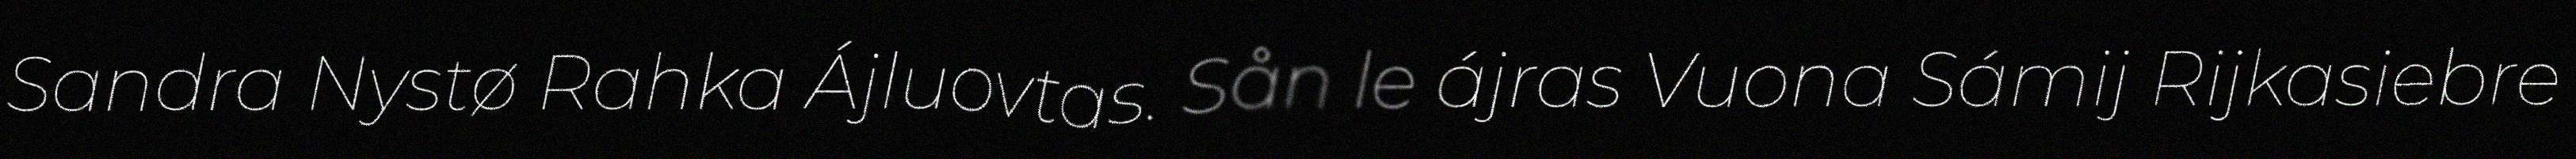
Sandra Nystø Rahka Ájluovtas. Sån le ájras Vuona Sámij Rijkasiebre